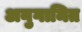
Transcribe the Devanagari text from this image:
अनुगामित